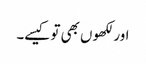
اور لکھوں بھی تو کیسے۔